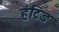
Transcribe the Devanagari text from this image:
हंटिड